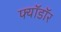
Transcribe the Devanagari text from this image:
फ्यॉडॉर